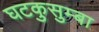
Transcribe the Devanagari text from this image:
घटकुसुम्बा